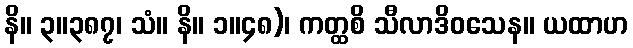
နိ။ ၃။၃၈၇၊ သံ။ နိ။ ၁။၄၈)၊ ကတ္ထစိ သီလာဒိဝသေန။ ယထာဟ